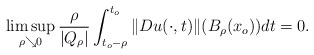
\begin{align*}\limsup_{\rho\searrow0} {\frac{\rho}{|Q_\rho|}}\int_{t_o-\rho}^{t_o}\|Du(\cdot,t)\|(B_\rho(x_o))dt=0.\end{align*}